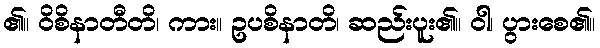
၏။ ဝိစိနာတီတိ၊ ကား။ ဥပစိနာတိ၊ ဆည်းပူး၏။ ဝါ၊ ပွားစေ၏။